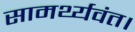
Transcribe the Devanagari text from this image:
सामर्थ्यवंत।